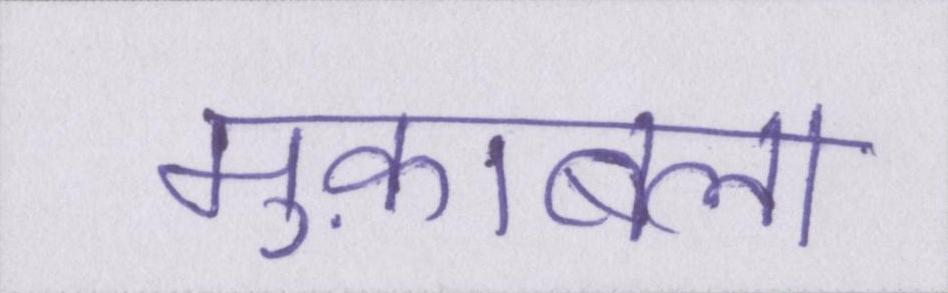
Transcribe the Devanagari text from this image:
मुक़ाबला